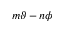
m \vartheta - n \phi